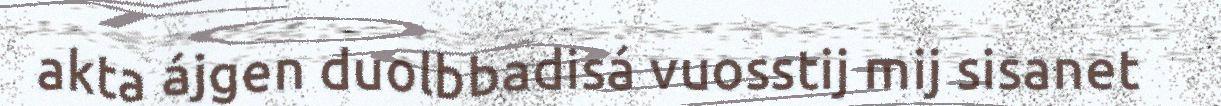
akta ájgen duolbbadisá vuosstij mij sisanet